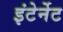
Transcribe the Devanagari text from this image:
इंटेर्नेट